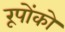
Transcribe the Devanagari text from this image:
रूपोंको